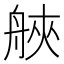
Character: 𦩀